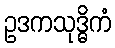
ဥဒကသုဒ္ဓိကံ